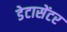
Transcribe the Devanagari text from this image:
डेटासेंटर